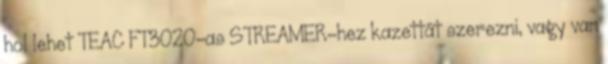
hol lehet TEAC FT3020-as STREAMER-hez kazettát szerezni, vagy van